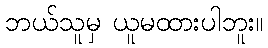
ဘယ်သူမှ ယူမထားပါဘူး။